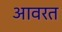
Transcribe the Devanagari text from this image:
आवरत